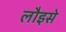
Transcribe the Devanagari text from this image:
लौइसे